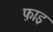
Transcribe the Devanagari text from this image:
फ़ाइ